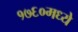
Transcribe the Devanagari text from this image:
१७६०मध्ये